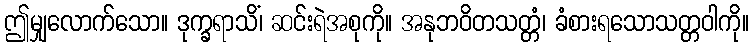
ဤမျှလောက်သော။ ဒုက္ခရာသိံ၊ ဆင်းရဲအစုကို။ အနုဘဝိတသတ္တံ၊ ခံစားရသောသတ္တဝါကို။